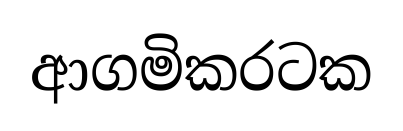
ආගමිකරටක